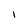
Character: I